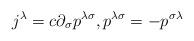
LaTeX: \begin{align*}j^{\lambda}=c\partial_{\sigma}p^{\lambda\sigma},p^{\lambda\sigma}=-p^{\sigma\lambda} \end{align*}